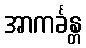
အာကင်္ခန္တ